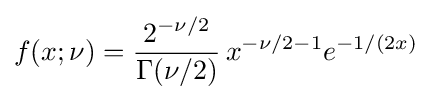
f(x;\nu )={\frac {2^{-\nu /2}}{\Gamma (\nu /2)}}\,x^{-\nu /2-1}e^{-1/(2x)}